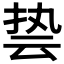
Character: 𮲐